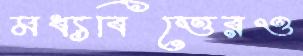
মধ্যবিত্তেরও